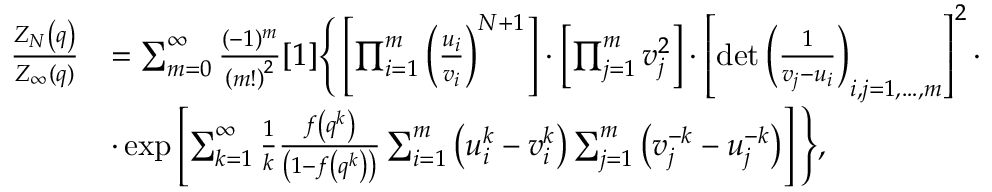
\begin{array} { r l } { \frac { Z _ { N } \left( q \right) } { Z _ { \infty } ( q ) } } & { = \sum _ { m = 0 } ^ { \infty } \frac { ( - 1 ) ^ { m } } { \left( m ! \right) ^ { 2 } } [ 1 ] \Bigg \{ \left[ \prod _ { i = 1 } ^ { m } \left( \frac { u _ { i } } { v _ { i } } \right) ^ { N + 1 } \right] \cdot \left[ \prod _ { j = 1 } ^ { m } v _ { j } ^ { 2 } \right] \cdot \left[ \operatorname* { d e t } \left( \frac { 1 } { v _ { j } - u _ { i } } \right) _ { i , j = 1 , \dots , m } \right] ^ { 2 } \cdot } \\ & { \cdot \exp \left[ \sum _ { k = 1 } ^ { \infty } \frac { 1 } { k } \frac { f \left( q ^ { k } \right) } { \left( 1 - f \left( q ^ { k } \right) \right) } \sum _ { i = 1 } ^ { m } \left( u _ { i } ^ { k } - v _ { i } ^ { k } \right) \sum _ { j = 1 } ^ { m } \left( v _ { j } ^ { - k } - u _ { j } ^ { - k } \right) \right] \Bigg \} , } \end{array}